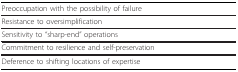
| Preoccupation with the possibility of failure |
 | --- |
 | Resistance to oversimplification |
 | Sensitivity to "sharp-end" operations |
 | Commitment to resilience and self-preservation |
 | Deference to shifting locations of expertise |